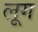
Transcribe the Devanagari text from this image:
लूग